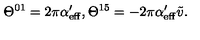
\Theta ^ { 0 1 } = 2 \pi \alpha _ { \mathrm { e f f } } ^ { \prime } , \Theta ^ { 1 5 } = - 2 \pi \alpha _ { \mathrm { e f f } } ^ { \prime } \tilde { v } .